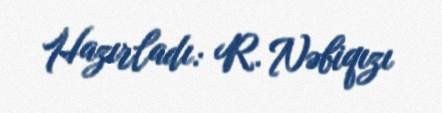
Hazırladı: R. Nəbiqızı